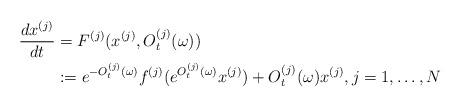
LaTeX: \begin{align*}\frac{dx^{(j)}}{dt}& =F^{(j)}(x^{(j)},O_t^{(j)}(\omega )) \\& :=e^{-O_t^{(j)}(\omega )}f^{(j)}(e^{O_t^{(j)}(\omega)}x^{(j)})+O_t^{(j)}(\omega )x^{(j)},j=1,\dots ,N\end{align*}